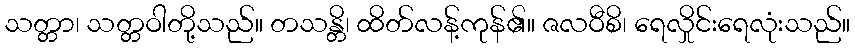
သတ္တာ၊ သတ္တဝါတို့သည်။ တသန္တိ၊ ထိတ်လန့်ကုန်၏။ ဇလဝီစိ၊ ရေလှိုင်းရေလုံးသည်။